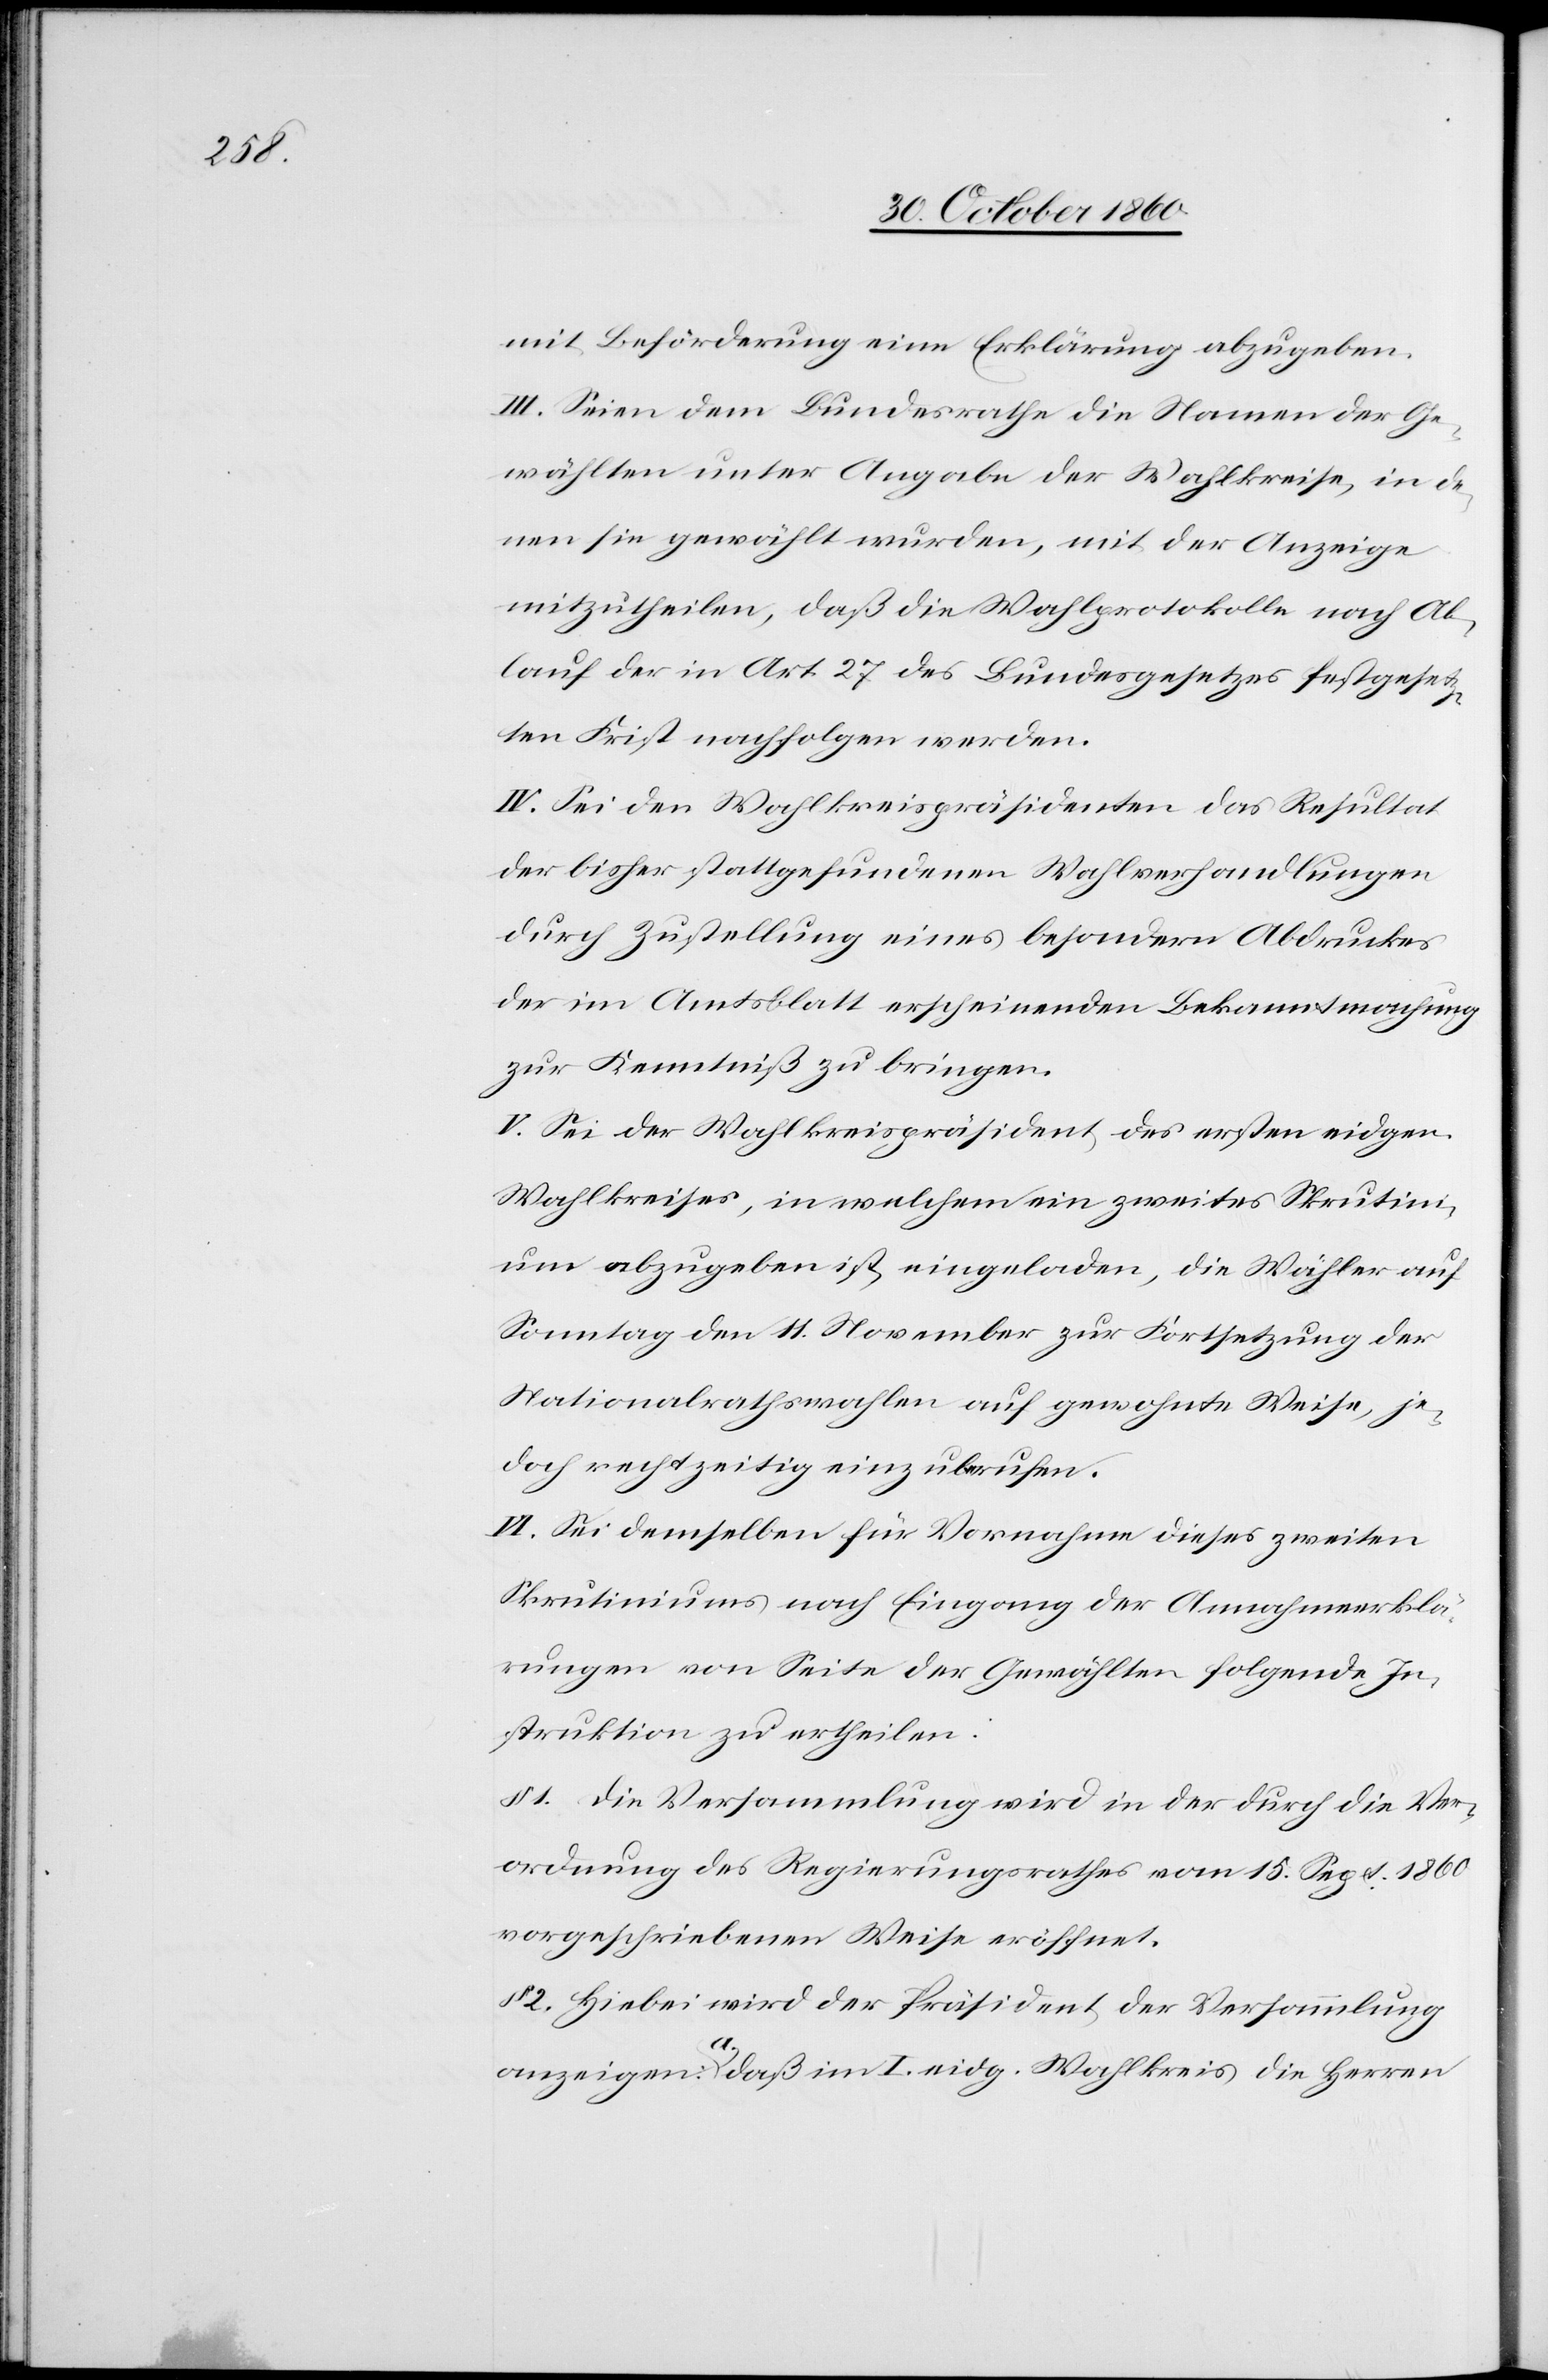
mit Beförderung eine Erklärung abzugeben.
III. Seien dem Bundesrathe die Namen der Ge¬
wählten unter Angabe der Wahlkreise, in de¬
nen sie gewählt wurden, mit der Anzeige
mitzutheilen, daß die Wahlprotokolle nach Ab¬
lauf der in Art. 27 des Bundesgesetzes festgesetz¬
ten Frist nachfolgen werden.
IV. Sei den Wahlkreispräsidenten das Resultat
der bisher stattgefundenen Wahlverhandlungen
durch Zustellung eines besondern Abdruckes
der im Amtsblatt erscheinenden Bekanntmachung
zur Kenntniß zu bringen.
V. Sei der Wahlkreispräsident des ersten eidgen.
Wahlkreises, in welchem ein zweites Skrutini¬
um abzugeben ist, eingeladen, die Wähler auf
Sonntag den 11. November zur Fortsetzung der
Nationalrathswahlen auf gewohnte Weise, je¬
doch rechtzeitig einzuberufen.
VI. Sei demselben für Vornahme dieses zweiten
Skrutiniums nach Eingang der Annahmerklä¬
rungen von Seite der Gewählten folgende In¬
struktion zu ertheilen:
§ 1. Die Versammlung wird in der durch die Ver¬
ordnung des Regierungsrathes vom 15. Sept. 1860
vorgeschriebenen Weise eröffnet.
§ 2. Hiebei wird der Präsident der Versammlung
anzeigen: a. daß im I. eidg. Wahlkreis die Herren